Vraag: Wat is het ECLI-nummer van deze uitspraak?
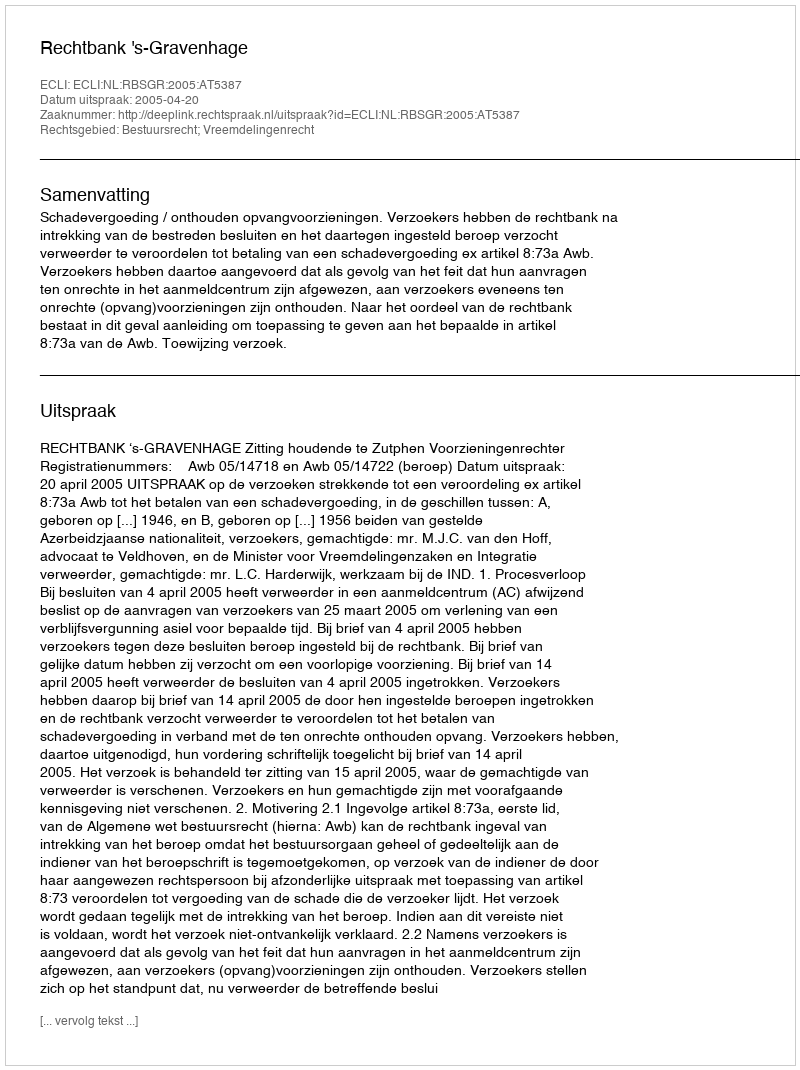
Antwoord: ECLI:NL:RBSGR:2005:AT5387